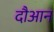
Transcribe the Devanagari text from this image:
दौआन